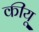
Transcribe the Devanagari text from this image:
कीयू